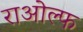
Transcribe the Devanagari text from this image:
राओल्फ